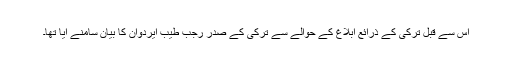
اس سے قبل ترکی کے ذرائع ابلاغ کے حوالے سے ترکی کے صدر رجب طیب ایردوان کا بیان سامنے آیا تھا۔